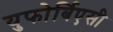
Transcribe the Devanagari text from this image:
युफोर्बिएसी